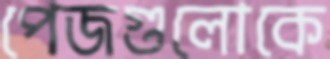
পেজগুলোকে